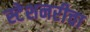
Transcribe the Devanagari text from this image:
स्टेशनरीचा